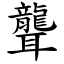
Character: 聾